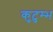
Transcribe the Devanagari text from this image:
कुटुम्भ